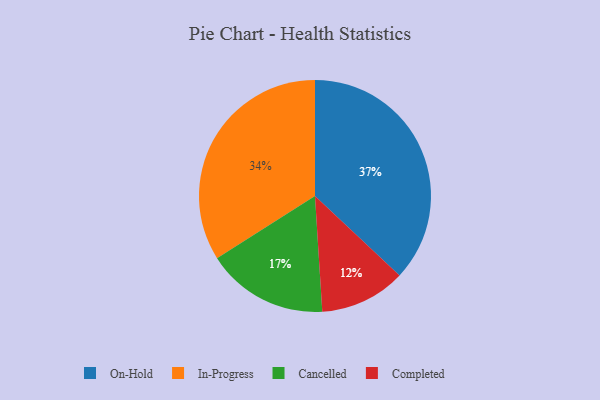
{"axis": {"x": "Category", "y": "Percentage"}, "legend": ["Cancelled", "Completed", "In-Progress", "On-Hold"], "data": [{"x": "In-Progress", "y": 34, "type": "In-Progress"}, {"x": "Completed", "y": 12, "type": "Completed"}, {"x": "On-Hold", "y": 37, "type": "On-Hold"}, {"x": "Cancelled", "y": 17, "type": "Cancelled"}]}